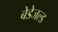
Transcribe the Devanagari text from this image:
बेडेजल्ड